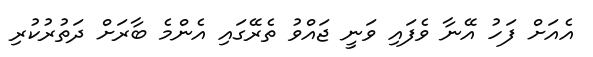
އެއަށް ފަހު އޭނާ ވެފައި ވަނީ ޖައްވު ތެރޭގައި އެންމެ ބާރަށް ދަތުރުކުރި